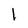
Character: l